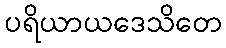
ပရိယာယဒေသိတေ